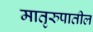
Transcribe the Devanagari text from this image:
मातृरुपातील